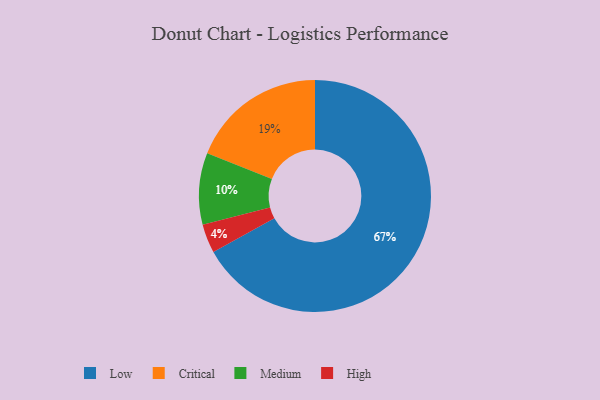
{"axis": {"x": "Category", "y": "Percentage"}, "legend": ["Critical", "High", "Low", "Medium"], "data": [{"x": "Low", "y": 67, "type": "Low"}, {"x": "Medium", "y": 10, "type": "Medium"}, {"x": "High", "y": 4, "type": "High"}, {"x": "Critical", "y": 19, "type": "Critical"}]}